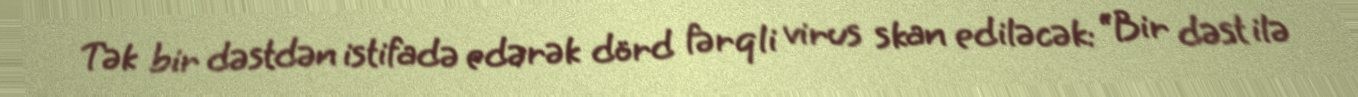
Tək bir dəstdən istifadə edərək dörd fərqli virus skan ediləcək: “Bir dəst ilə